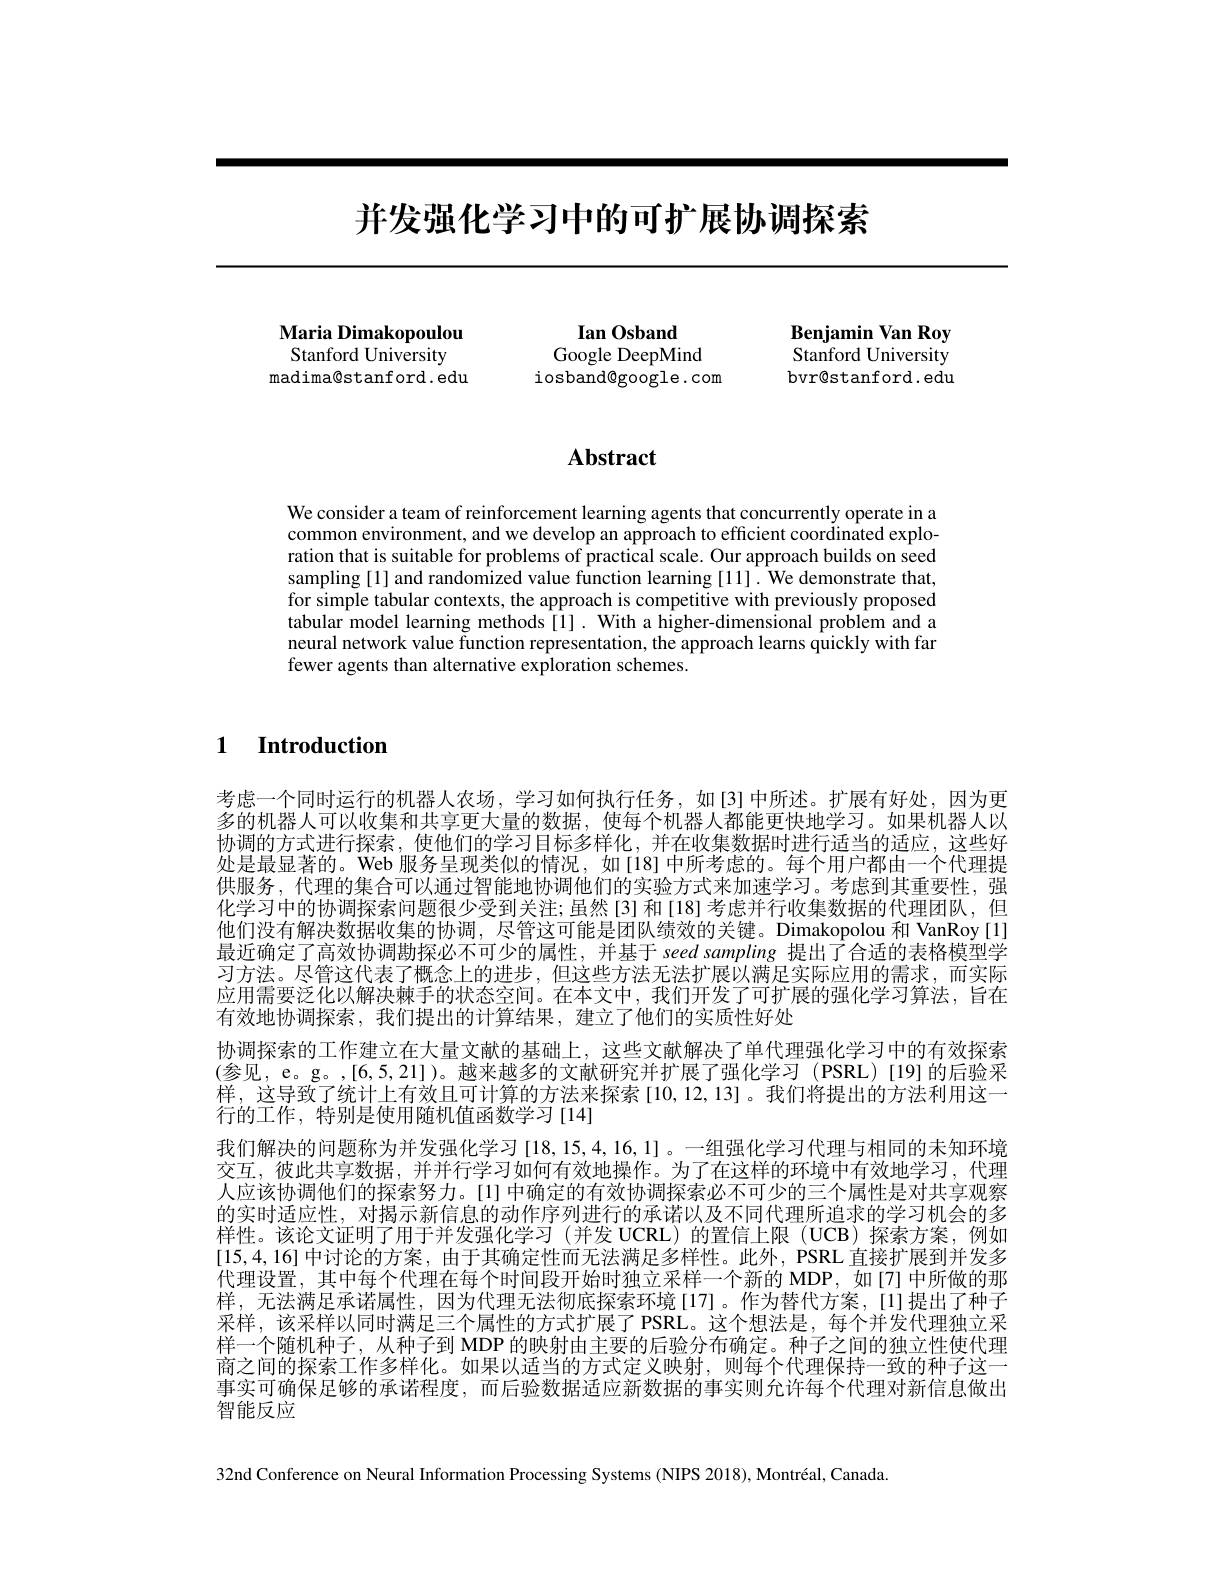
# 并发强化学习中的可扩展协调探索

Maria Dimakopoulou Stanford University madima@stanford.edu

Benjamin Van Roy Stanford University bvr@stanford.edu

Ian Osband
Google DeepMind
iosband@google.com

# Abstract

We consider a team of reinforcement learning agents that concurrently operate in a common environment, and we develop an approach to efficient coordinated exploration that is suitable for problems of practical scale. Our approach builds on seed sampling [1] and randomized value function learning [11]. We demonstrate that, for simple tabular contexts, the approach is competitive with previously proposed tabular model learning methods[1]. With a higher-dimensional problem and a neural network value function representation, the approach learns quickly with far fewer agents than alternative exploration schemes.

$\textbf{1}$ $\textbf{Introduction}$

考虑一个同时运行的机器人农场，学习如何执行任务，如[3]中所述。扩展有好处，因为更多的机器人可以收集和共享更大量的数据，使每个机器人都能更快地学习。如果机器人以协调的方式进行探索，使他们的学习目标多样化，并在收集数据时进行适当的适应，这些好处是最显著的。Web 服务呈现类似的情况，如[18] 中所考虑的。每个用户都由一个代理提供服务，代理的集合可以通过智能地协调他们的实验方式来加速学习。考虑到其重要性，强化学习中的协调探索问题很少受到关注；虽然[3]和[18]考虑并行收集数据的代理团队，但他们没有解决数据收集的协调，尽管这可能是团队绩效的关键。Dimakopolou 和 VanRoy [1] 最近确定了高效协调勘探必不可少的属性，并基于 seed sampling 提出了合适的表格模型学习方法。尽管这代表了概念上的进步，但这些方法无法扩展以满足实际应用的需求，而实际应用需要泛化以解决棘手的状态空间。在本文中，我们开发了可扩展的强化学习算法，旨在有效地协调探索，我们提出的计算结果，建立了他们的实质性好处
协调探索的工作建立在大量文献的基础上，这些文献解决了单代理强化学习中的有效探索(参见，e。g。,[6,5,21])。越来越多的文献研究并扩展了强化学习(PSRL)[19]的后验采样，这导致了统计上有效且可计算的方法来探索[10,12,13]。我们将提出的方法利用这一行的工作，特别是使用随机值函数学习[14]
我们解决的问题称为并发强化学习 [18,15,4,16,1]。一组强化学习代理与相同的未知环境交互，彼此共享数据，并并行学习如何有效地操作。为了在这样的环境中有效地学习，代理人应该协调他们的探索努力。[1] 中确定的有效协调探索必不可少的三个属性是对共享观察的实时适应性，对揭示新信息的动作序列进行的承诺以及不同代理所追求的学习机会的多样性。该论文证明了用于并发强化学习 (并发 UCRL)的置信上限 (UCB)探索方案，例如[15,4,16]中讨论的方案，由于其确定性而无法满足多样性。此外，PSRL 直接扩展到并发多代理设置，其中每个代理在每个时间段开始时独立采样一个新的 MDP, 如[7] 中所做的那样，无法满足承诺属性，因为代理无法彻底探索环境[17]。作为替代方案，[1]提出了种子采样，该采样以同时满足三个属性的方式扩展了 PSRL。这个想法是，每个并发代理独立采样一个随机种子，从种子到 MDP 的映射由主要的后验分布确定。种子之间的独立性使代理商之间的探索工作多样化。如果以适当的方式定义映射，则每个代理保持一致的种子这一事实可确保足够的承诺程度，而后验数据适应新数据的事实则允许每个代理对新信息做出智能反应

32nd Conference on Neural Information Processing Systems (NIPS 2018), Montréal, Canada